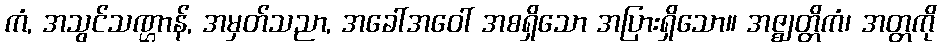
ကံ, အသွင်သဏ္ဌာန်, အမှတ်သညာ, အခေါ်အဝေါ် အစရှိသော အပြားရှိသော။ အဇ္ဈတ္တိကံ၊ အတ္တကို